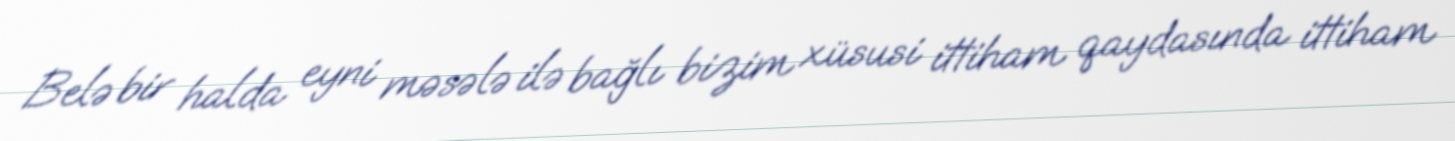
Belə bir halda eyni məsələ ilə bağlı bizim xüsusi ittiham qaydasında ittiham